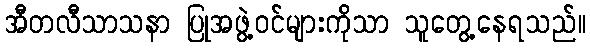
အီတလီသာသနာ ပြုအဖွဲ့ဝင်များကိုသာ သူတွေ့နေရသည်။